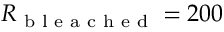
R _ { \textrm { b l e a c h e d } } = 2 0 0